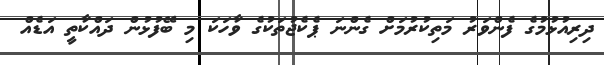
ދިރިއުޅުމުގެ ފެންވަރު މަތިކުރުމަށް ގެންނަ ޕެކެޖުތަކުގެ ވާހަކަ މި ބޭފުޅުން ދައްކާތީ އަޑެއް